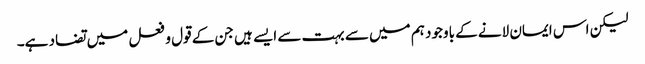
لیکن اس ایمان لانے کے باوجود ہم میں سے بہت سے ایسے ہیں جن کے قول و فعل میں تضاد ہے۔